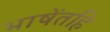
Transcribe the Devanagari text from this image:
भाषेंतहि